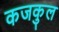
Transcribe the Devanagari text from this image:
कजकुल